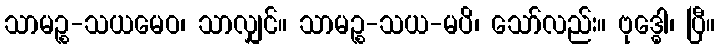
သာမဉ္စ-သယမေဝ၊ သာလျှင်။ သာမဉ္စ-သယ-မပိ၊ သော်လည်း။ ဗုဒ္ဓေါ၊ ပြီ။